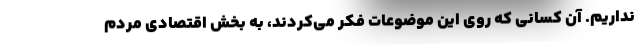
نداریم. آن کسانی که روی این موضوعات فکر می‌کردند، به بخش اقتصادی مردم